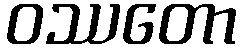
ဝဿတော